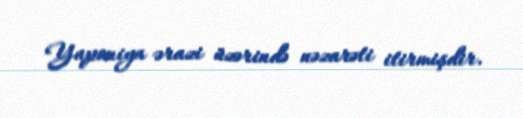
Yaponiya ərazi üzərində nəzarəti itirmişdir.